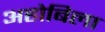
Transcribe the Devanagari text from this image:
अहोबिला